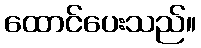
ထောင်ပေးသည်။